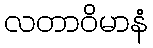
လတာဝိမာနံ